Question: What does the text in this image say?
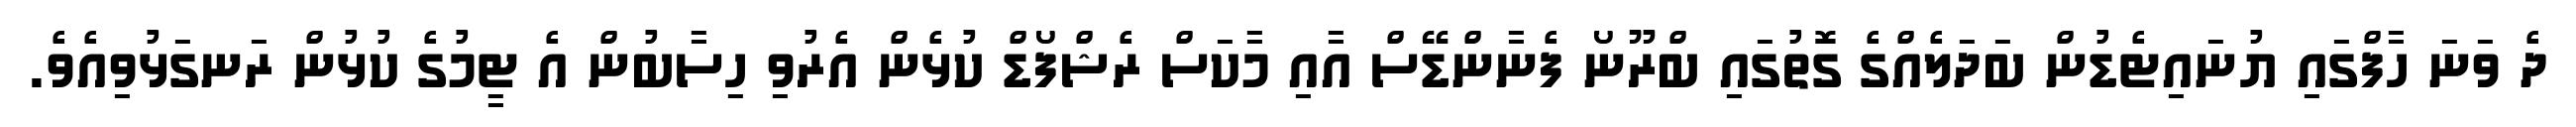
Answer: ދެ ވަނަ ހާފްގައި ޔުނައިޓެޑުން ބަދަލެއްގެ ގޮތުގައި ބްރޫނޯ ފެނާންޑޭސް އާއި މާކަސް ރެޝްފޯޑް ކުޅެން އެރުވި ހިސާބުން އެ ޓީމުގެ ކުޅުން ރަނގަޅުވިއެވެ.